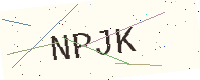
Text: NPJK